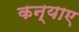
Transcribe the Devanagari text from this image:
कन्याए